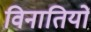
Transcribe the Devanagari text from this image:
विनातियों